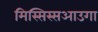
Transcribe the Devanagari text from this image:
मिस्सिस्सआउगा